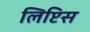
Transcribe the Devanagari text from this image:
लिप्टिस